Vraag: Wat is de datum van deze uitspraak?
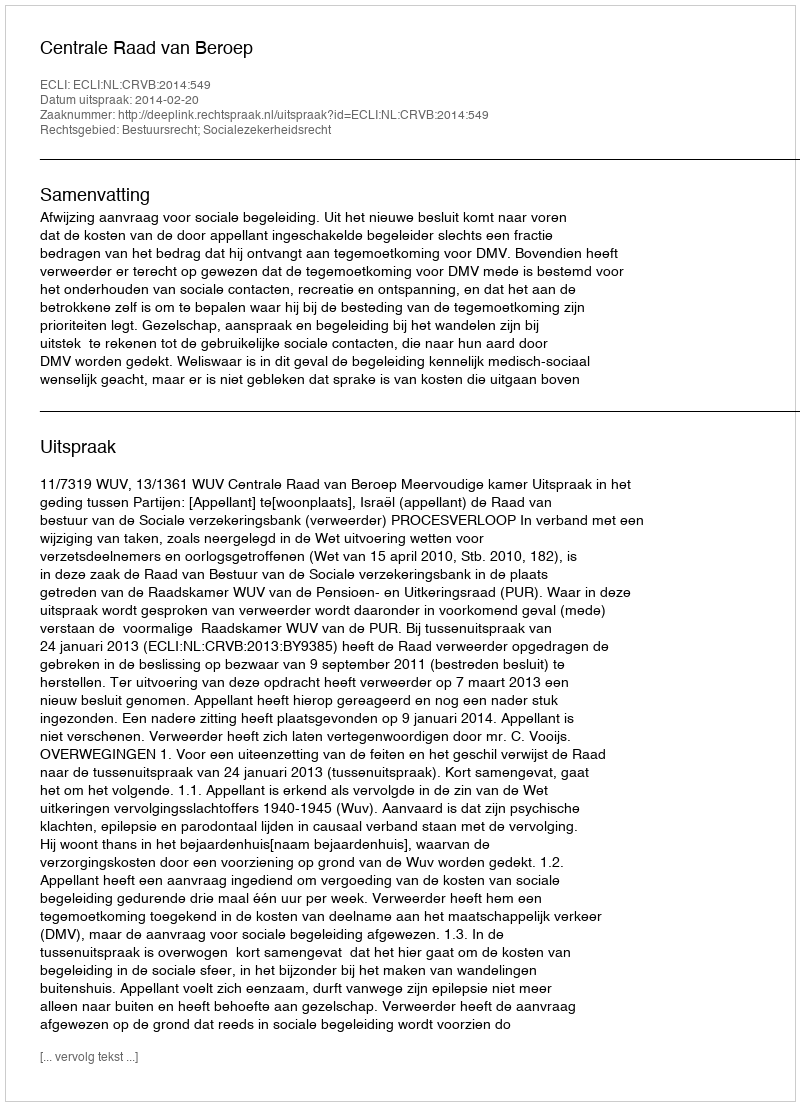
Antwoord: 2014-02-20